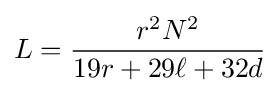
L={\frac {r^{2}N^{2}}{19r+29\ell +32d}}